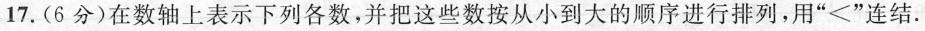
17.(6分)在数轴上表示下列各数，并把这些数按从小到大的顺序进行排列，用”<”连结.